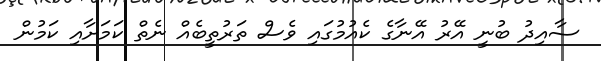
ސާއިދު ބުނީ އޭރު އޭނާގެ ކެއުމުގައި ވެސް ތަރުތީބެއް ނެތް ކަމަށާއި ކަމުން